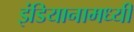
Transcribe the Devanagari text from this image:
इंडियानामध्यी